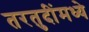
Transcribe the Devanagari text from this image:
तरतुदींमध्ये